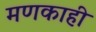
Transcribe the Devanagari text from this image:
मणकाही